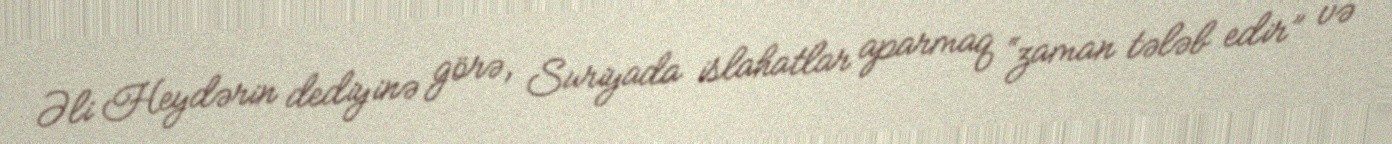
Əli Heydərin dediyinə görə, Suriyada islahatlar aparmaq “zaman tələb edir” və